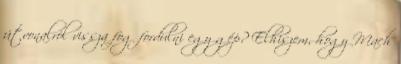
útvonalról vissza fog fordulni egy gép? Elhiszem, hogy Mach